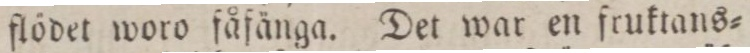
flödet woro fåfänga. Det war en fruktans=